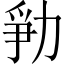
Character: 𱐲